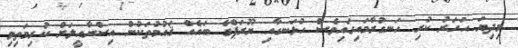
މިދިޔަ އަހަރު ކުރި ހަނގުރާމައިގައިވެސް ހުޅަނގާއި ޔޫރަޕްގެ ބައެއް ޤައުމުތަކުން އިސްރާއީލަށް ކުރިމަތިވި